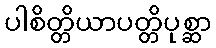
ပါစိတ္တိယာပတ္တိပုစ္ဆာ